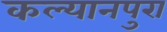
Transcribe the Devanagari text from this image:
कल्यानपुरा